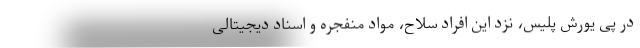
در پی یورش پلیس، نزد این افراد سلاح، مواد منفجره و اسناد دیجیتالی